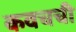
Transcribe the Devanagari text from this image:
कवचची